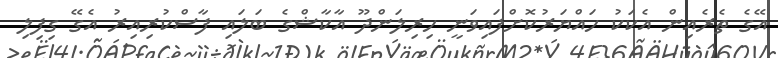
އޭގެ ތެރެއިން އެކަކު ހައްޔަރުކޮށްފައިވަނީ ހިިރިލަންދޫ އާކާޝްގެ ބަލައި ފާސްކުރިއިރު އެގޭ ގިފިލި